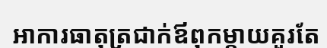
អាការធាតុត្រជាក់ឪពុកម្តាយគួរតែ